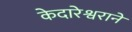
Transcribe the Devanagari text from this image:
केदारेश्वराने